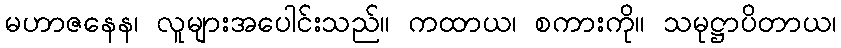
မဟာဇနေန၊ လူများအပေါင်းသည်။ ကထာယ၊ စကားကို။ သမုဋ္ဌာပိတာယ၊